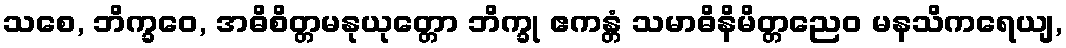
သစေ, ဘိက္ခဝေ, အဓိစိတ္တမနုယုတ္တော ဘိက္ခု ဧကန္တံ သမာဓိနိမိတ္တညေဝ မနသိကရေယျ,